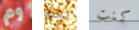
وم نعم كنت